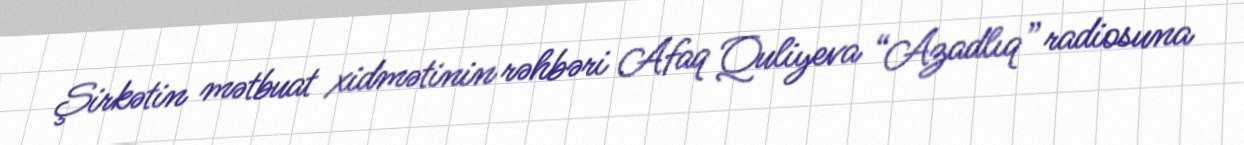
Şirkətin mətbuat xidmətinin rəhbəri Afaq Quliyeva “Azadlıq” radiosuna